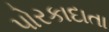
પોરકાદાતા